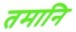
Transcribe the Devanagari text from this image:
तमानि